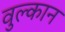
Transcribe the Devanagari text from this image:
वुल्कान